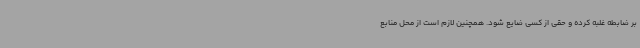
بر ضابطه غلبه کرده و حقی از کسی ضایع شود. همچنین لازم است از محل منابع